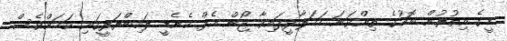
މީގެ އިތުރުން ބޮމުގެ ތިންވަނަ ހަމަލާދީފައިވާ ޖޯން އެފް ކެނެޑީ ލައިބްރަރީގައި ކަމަށްވެސް